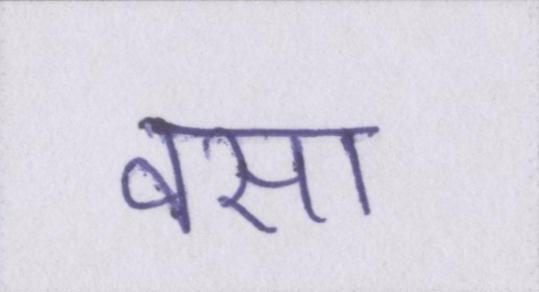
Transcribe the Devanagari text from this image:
वसा